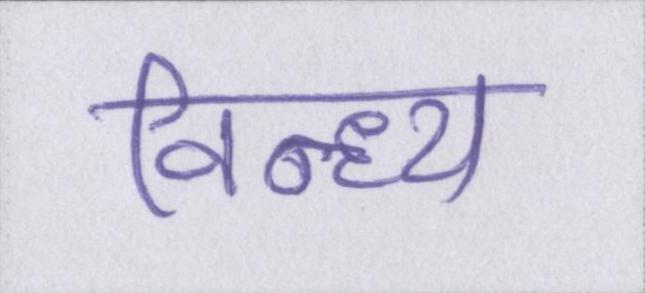
विन्ध्य